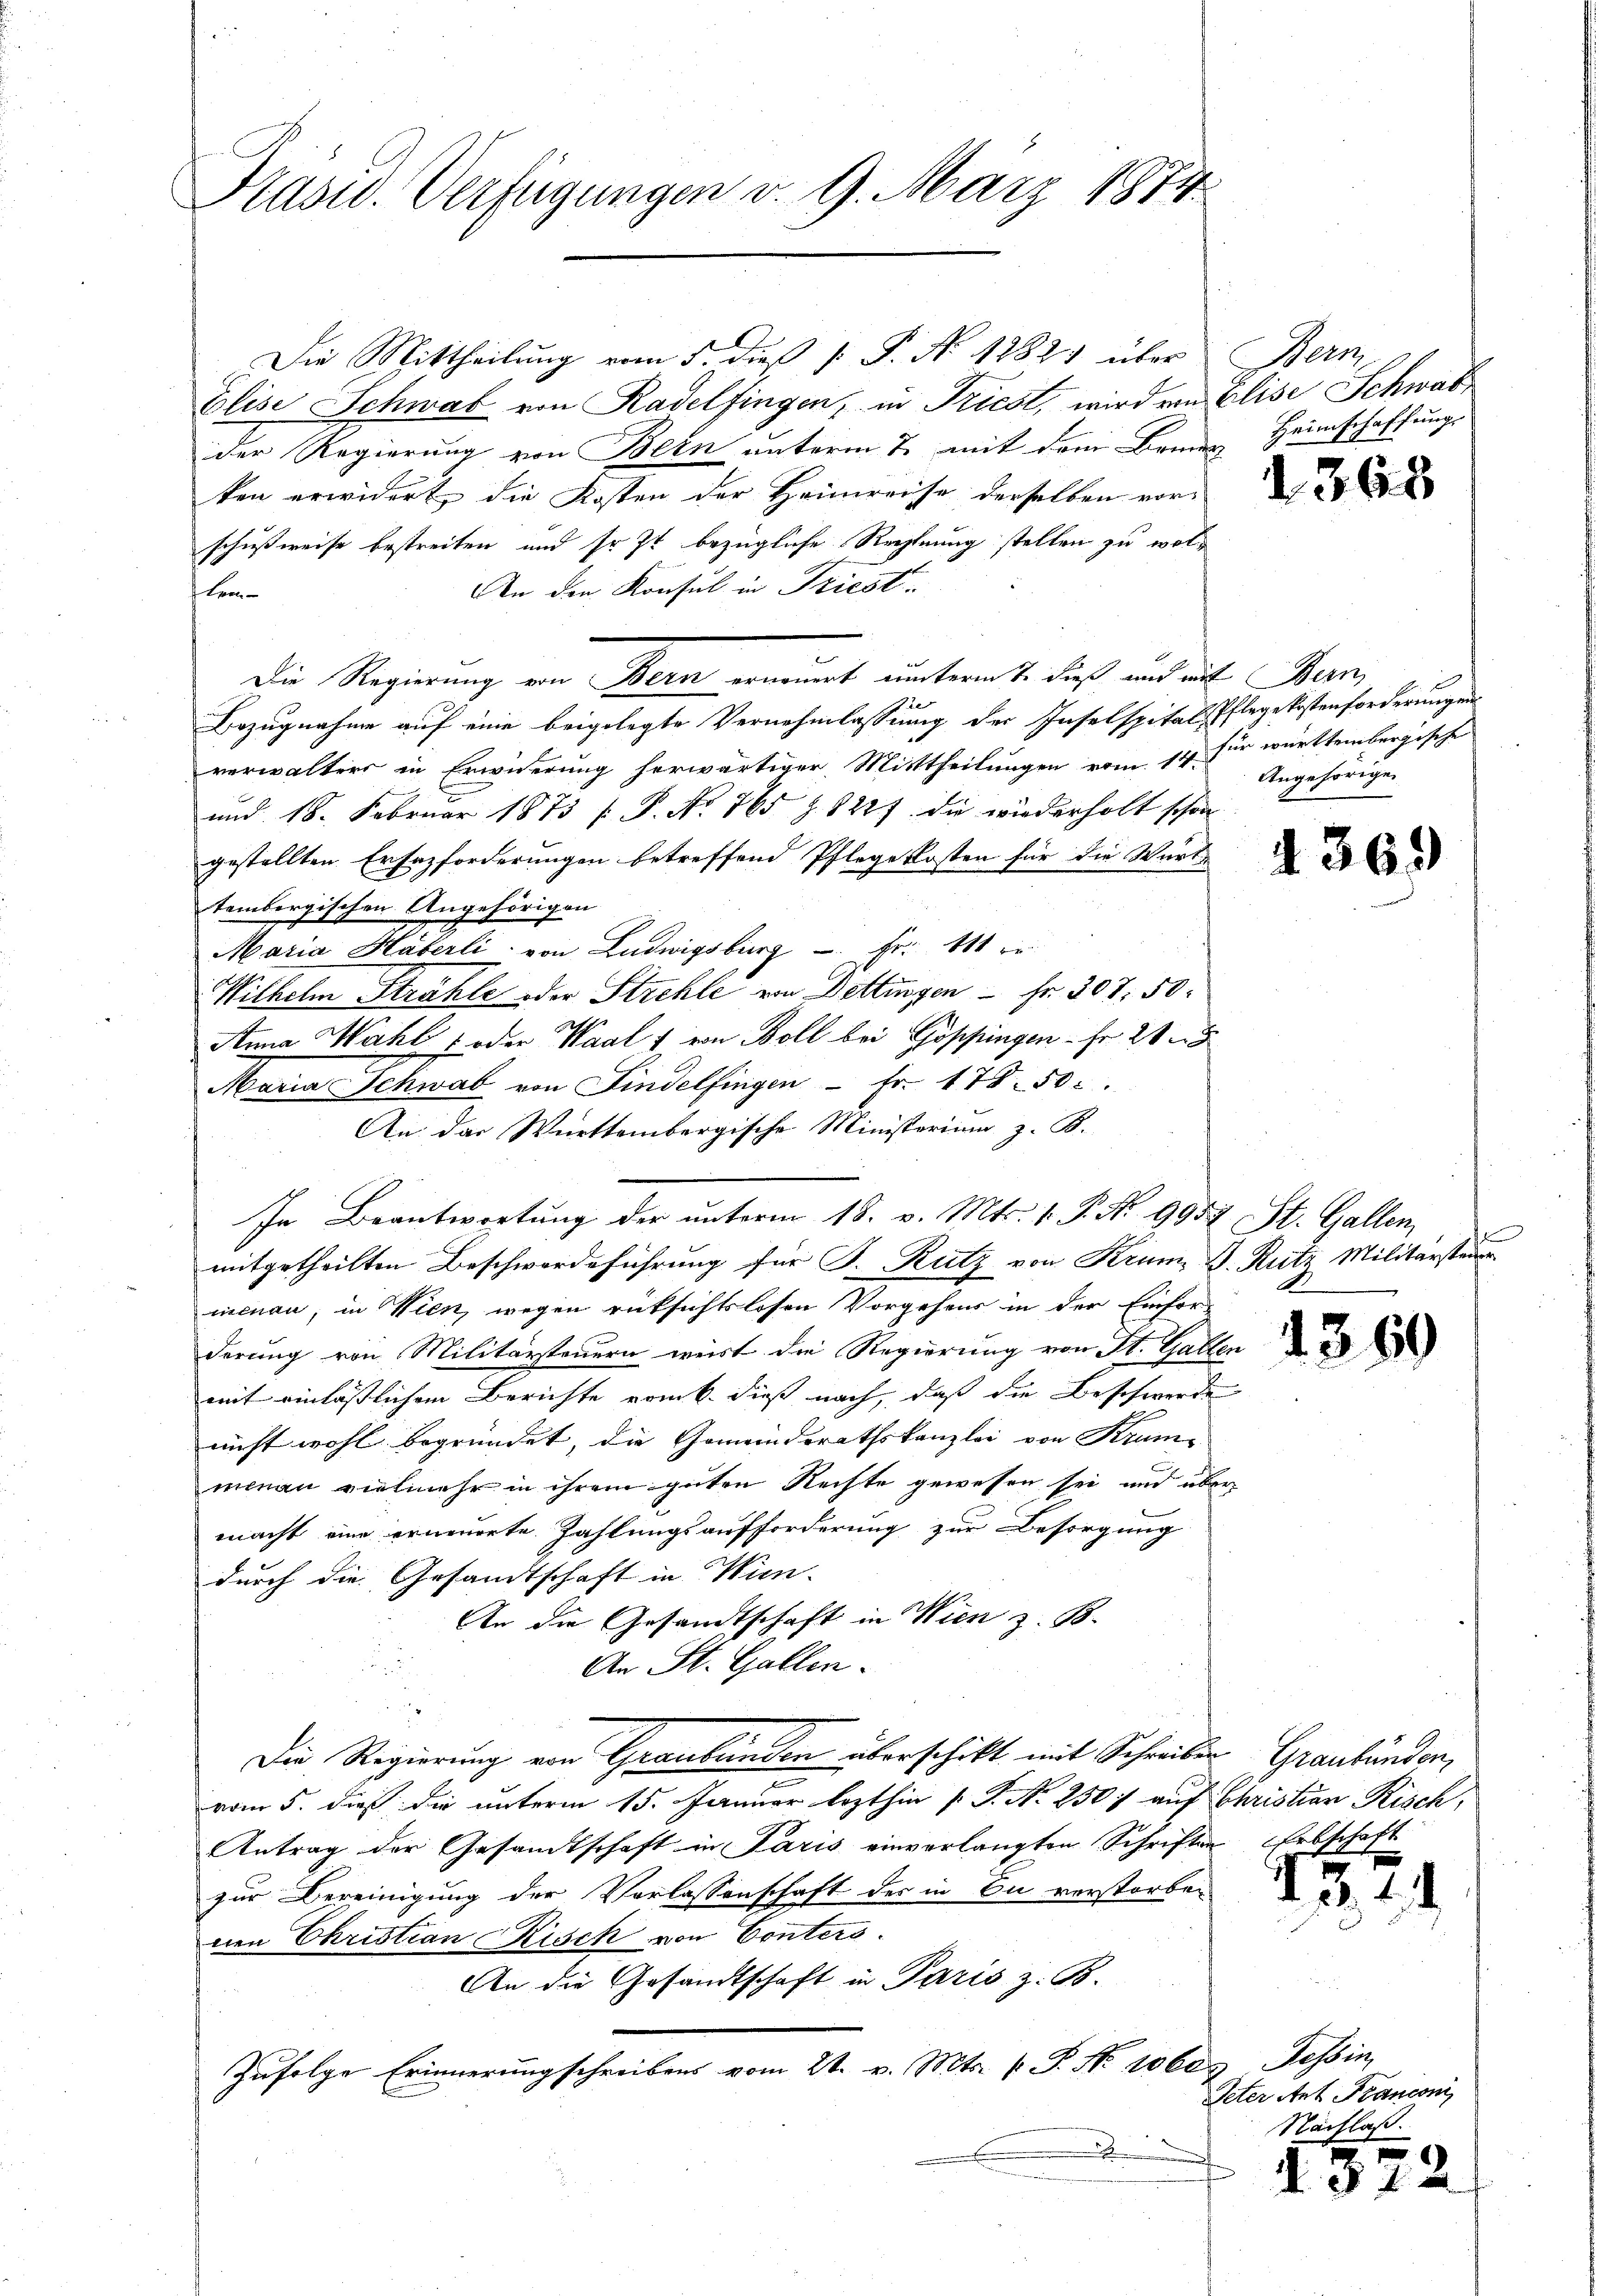
Präsid. Verfügungen v. 9. März 1874

Die Mittheilung vom 5. dieß  P. No 1282) über
Elise Schwab von Radelfingen, in Triest, wird von Elise Schwabder Regierung von Bern unterm 7. mit dem Bemer Heimschaftungs
ken erwidert die Kosten der Heimreise derselben vor-
schußweise bestreiten und so st bezügliche Rechnung stellen zu wol¬
An den Konsul in Triest.
Bem
Die Regierung von Bern ernannt unterm 1. dieß und mit Bern,
Bezugnahme auf eine beigelegte Vernehmlassung der Inselspital, Pflege kostenforderungen
verwalters in Erwiderung herwärtiger Mittheilungen vom 14. für württembergische
und 18. Februar 1873 f. P. No. 765 Z. 8227. die wiederholt schon
gestellten Ersazforderungen betreffend Pflegekosten für die Warte
tembergischen Angehörigen
Maria Häberli von Ludwigsburg - Fr. 111 er
Wilhelm Strahle oder Strehle von Dettingen - Fr. 307. 50.
Anna Wahl  oder Waals von Boll bei Göppingen - Fr. 218
Maria Schwab von Findelfingen Fr. 178. 50.
An das Württembergische Ministerium z. B.
In Beantwortŭng der ŭnterm 18. v. Mts. 1. P. Nr. 9954 St. Gallen
mitgetheilten Beschwerdeführung für J. Rutz von Krum. D. Rutz Militärsteuer
menau, in Wien, wegen rücksichtslosen Vorgehens in der Einfor-
derung von Militärsteuern weist die Regierung von St. Gallen
mit einlässlichem Berichte vom 6. dieß nach, daß die Beschwerde
nicht wohl begründet, die Gemeindsrathskanzlei von Krum- |
menau vielmehr in ihrem guten Rechte gewesen sei und über
macht eine erneuerte Zahlungsaufforderung zur Besorgung
durch die Gesandtschaft in Wien.
An die Gesandtschaft in Wien z. B.
An St. Gallen.
Die Regierung von Graubünden überschikt mit Schreiben Graubünden,
vom 5. dieß die unterm 15. Januar lezthin  P. Nr. 250f auf Christian Risch,
Antrag der Gesandtschaft in Paris einverlangten Schriften Erbschaft
zur Bereinigung der Verlassenschaft des in Du verstorben
nen Christian Risch von Conters
An die Gesandtschaft in Paris z. B.
Zufolge Erinnerungschreibens vom 21. v. Mts. v. P. Nr. 1060. Tessin,
.

Ner

d 368

Angehörige

d 369

1369

d. 4. d.

Peter Art Franconi
Nachlaß.

N. § 12